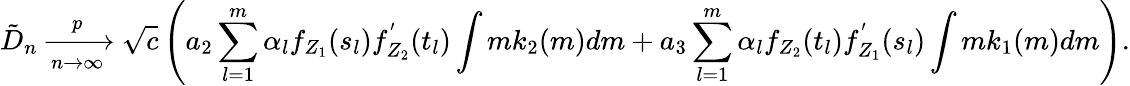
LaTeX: \tilde{D}_{n}\xrightarrow[n\to\infty]{p}\sqrt{c}\left(a_{2}\sum_{l=1}^{m}\alpha_{l}f_{Z_{1}}(s_{l})f_{Z_{2}}^{'}(t_{l})\int mk_{2}(m)dm+a_{3}\sum_{l=1}^{m}\alpha_{l}f_{Z_{2}}(t_{l})f_{Z_{1}}^{'}(s_{l})\int mk_{1}(m)dm\right).